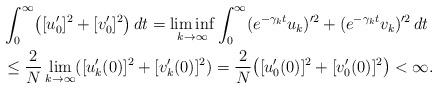
LaTeX: \begin{align*}&\int_0^\infty \bigl([u_0']^2 + [v_0']^2\bigr)\,dt = \liminf_{k \to \infty} \int_0^\infty (e^{-\gamma_k t} u_k)'^2 + (e^{-\gamma_k t} v_k)'^2 \,dt \\&\le \frac{2}{N} \lim_{k \to \infty} ([u_k'(0)]^2 + [v_k'(0)]^2) = \frac{2}{N} \bigl([u_0'(0)]^2 + [v_0'(0)]^2\bigr)< \infty.\end{align*}